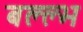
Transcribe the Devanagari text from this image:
बल्ल्भ